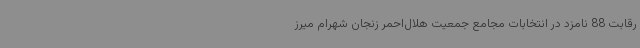
رقابت 88 نامزد در انتخابات مجامع جمعیت هلال‌احمر زنجان شهرام میرز